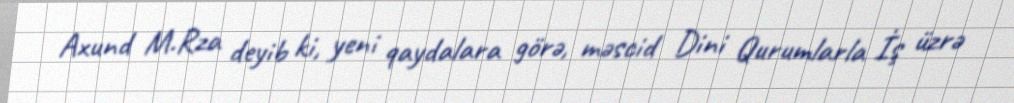
Axund M.Rza deyib ki, yeni qaydalara görə, məscid Dini Qurumlarla İş üzrə